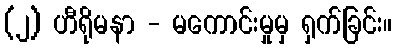
(၂) ဟီရိုမနာ - မကောင်းမှုမှ ရှက်ခြင်း။